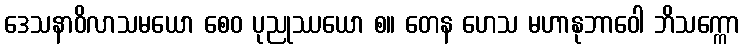
ဒေသနာဝိလာသမယော စေဝ ပုညုဿယော စ။ တေန ဟေသ မဟာနုဘာဝေါ ဘိသက္ကော